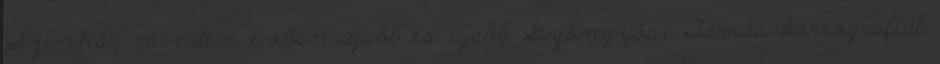
Színház minden évben újabb és újabb Gyöngyösi Tamás koreográfiát